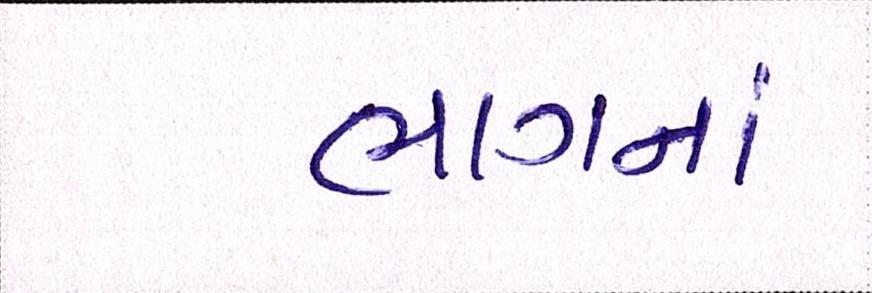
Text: ભાગનાં